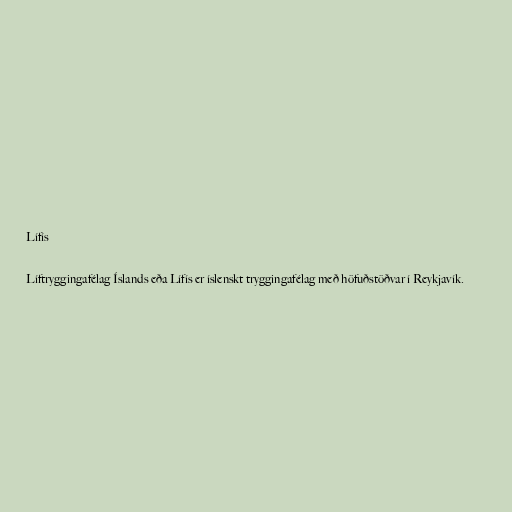
Lífís

Líftryggingafélag Íslands eða Lífís er íslenskt tryggingafélag með höfuðstöðvar í Reykjavík.